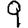
Digit: 9